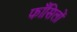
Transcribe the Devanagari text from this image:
फाँसिलों